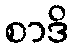
စာဒိ